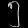
Digit: ၅